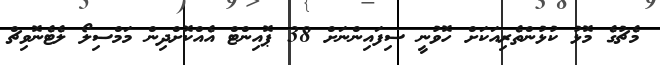
މެޗުގެ މޮޅު ކުޅުންތެރިއަކަށް ހޮވުނީ ސިފައިންނަށް 38 ޕޮއިންޓް އެއްކޮށްދިން މަމްސިލޯ ލެޓެނޮވިޗް